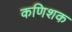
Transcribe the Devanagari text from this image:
कणिशक